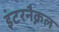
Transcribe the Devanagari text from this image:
इंटरनैक्नल